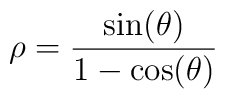
\rho=\frac{\sin(\theta)}{1-\cos(\theta)}